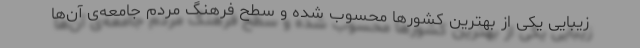
زیبایی یکی از بهترین کشورها محسوب شده و سطح فرهنگ مردم جامعه‌ی آن‌ها